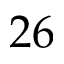
2 6